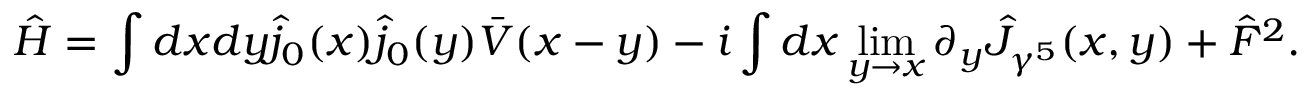
\hat { H } = \int d x d y \hat { j } _ { 0 } ( x ) \hat { j } _ { 0 } ( y ) \bar { V } ( x - y ) - i \int d x \operatorname * { l i m } _ { y \rightarrow x } \partial _ { y } \hat { J } _ { \gamma ^ { 5 } } ( x , y ) + \hat { F } ^ { 2 } .